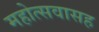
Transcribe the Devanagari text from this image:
महोत्सवासह